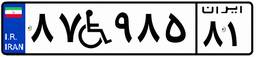
۲۰W۰۶۱۴۷